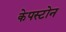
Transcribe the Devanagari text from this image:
केपस्टोन